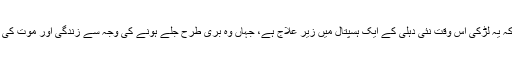
صرف اتنا کہا گیا ہے کہ یہ لڑکی اس وقت نئی دہلی کے ایک ہسپتال میں زیر علاج ہے، جہاں وہ بری طرح جلے ہونے کی وجہ سے زندگی اور موت کی کشمکش میں مبتلا ہے۔